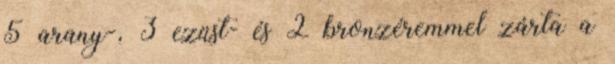
5 arany-, 3 ezüst- és 2 bronzéremmel zárta a